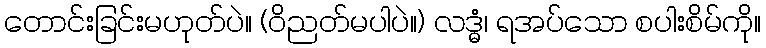
တောင်းခြင်းမဟုတ်ပဲ။ (ဝိညတ်မပါပဲ။) လဒ္ဓံ၊ ရအပ်သော စပါးစိမ်ကို။